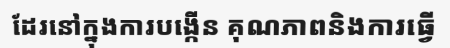
ដែរនៅក្នុងការបង្កើន គុណភាពនិងការធ្វើ